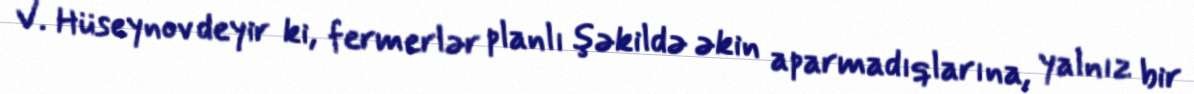
V. Hüseynov deyir ki, fermerlər planlı şəkildə əkin aparmadıqlarına, yalnız bir